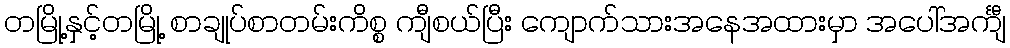
တမြို့နှင့်တမြို့ စာချုပ်စာတမ်းကိစ္စ ကျီစယ်ပြီး ကျောက်သားအနေအထားမှာ အပေါ်အင်္ကျီ